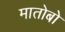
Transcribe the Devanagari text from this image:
मातोबो